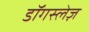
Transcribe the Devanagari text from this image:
डॉगस्लेज़